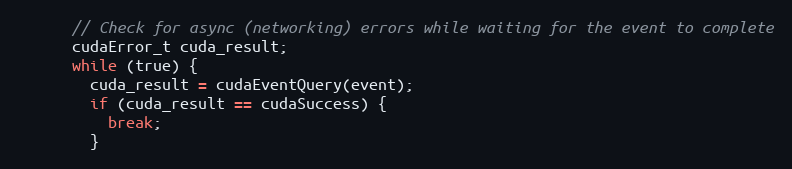
Language: C++
      // Check for async (networking) errors while waiting for the event to complete
      cudaError_t cuda_result;
      while (true) {
        cuda_result = cudaEventQuery(event);
        if (cuda_result == cudaSuccess) {
          break;
        }